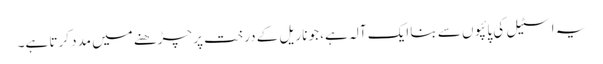
یہ اسٹیل کی پائپوں سے بنا ایک آلہ ہے، جو ناریل کے درخت پر چڑھنے میں مدد کرتا ہے۔